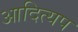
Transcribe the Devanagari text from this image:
आदित्यप